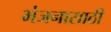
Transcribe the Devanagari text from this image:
भंजनासाठी